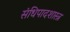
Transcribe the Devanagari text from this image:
संधिपादशास्त्र